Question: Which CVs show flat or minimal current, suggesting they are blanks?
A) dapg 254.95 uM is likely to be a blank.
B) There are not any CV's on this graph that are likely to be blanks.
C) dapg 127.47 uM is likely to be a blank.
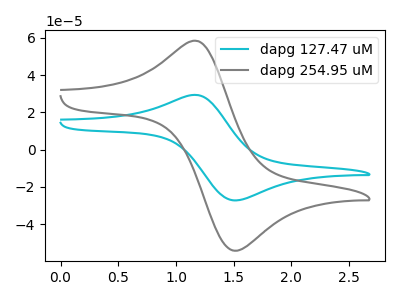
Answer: <think>The cyan curve "dapg 127.47 uM" has an anodic peak at (1.20V, 29.25uA) and a cathodic peak at (1.50V, -27.30uA). The gray curve "dapg 254.95 uM" has an anodic peak at (1.20V, 58.20uA) and a cathodic peak at (1.50V, -54.30uA).</think>
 <answer>B) There are not any CV's on this graph that are likely to be blanks.</answer>
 <eval>B</eval>